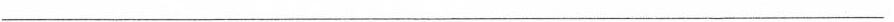
______________________________